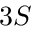
3 S